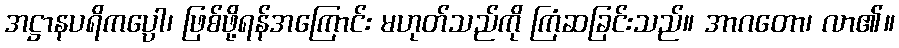
အဋ္ဌာနပရိကပ္ပော၊ ဖြစ်ဖို့ရန်အကြောင်း မဟုတ်သည်ကို ကြံဆခြင်းသည်။ အာဂတော၊ လာ၏။